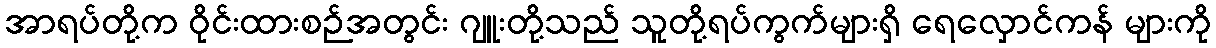
အာရပ်တို့က ဝိုင်းထားစဉ်အတွင်း ဂျူးတို့သည် သူတို့ရပ်ကွက်များရှိ ရေလှောင်ကန် များကို